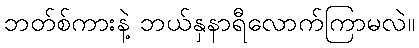
ဘတ်စ်ကားနဲ့ ဘယ်နှနာရီလောက်ကြာမလဲ။